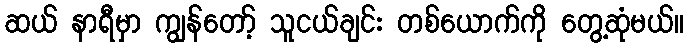
ဆယ် နာရီမှာ ကျွန်တော့် သူငယ်ချင်း တစ်ယောက်ကို တွေ့ဆုံမယ်။